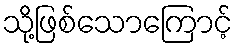
သို့ဖြစ်သောကြောင့်